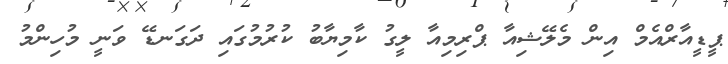
ޕީޑީއާރްއެމް އިން މެލޭޝިއާ ޕްރިމިއާ ލީގު ކާމިޔާބު ކުރުމުގައި ދަގަނޑޭ ވަނީ މުހިންމު